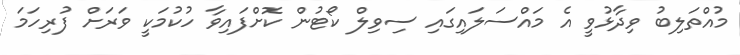
މުއްތަލިބު ވިދާޅުވީ އެ މައްސަލައިގައި ސިވިލް ކޯޓުން ކޮށްފައިވާ ހުކުމަކީ ވަރަށް ފުރިހަމަ